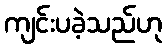
ကျင်းပခဲ့သည်ဟု